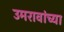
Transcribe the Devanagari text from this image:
उमरावांच्या